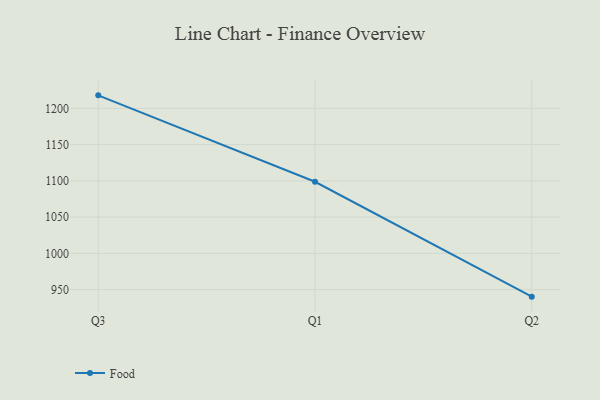
{"axis": {"x": "Quarter", "y": "Population (Million)"}, "legend": ["Food"], "data": [{"x": "Q3", "y": 1218.0, "type": "Food"}, {"x": "Q1", "y": 1098.8, "type": "Food"}, {"x": "Q2", "y": 940.3, "type": "Food"}]}